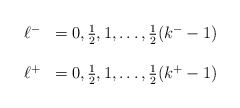
\begin{align*}\begin{array}{ll}\ell^{-} & = 0, \frac{1}{2},1,\dots,\frac{1}{2}(k^{-}-1) \\ & \\\ell^{+} & = 0, \frac{1}{2},1,\ldots,\frac{1}{2}(k^{+}-1)\end{array}\end{align*}